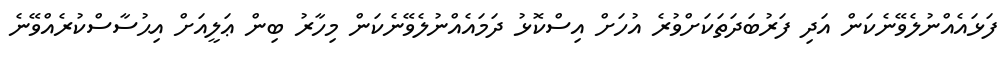
ފަޅައެއްނުލެވޭނެކަން އަދި ފަރުބަދަތަކަށްވުރެ އުހަށް އިސްކޮޅު ދަމައެއްނުލެވޭނެކަން މިހާރު ބިން ޢަލީއަށް އިޙުސާސްކުރެއްވޭނެ